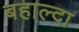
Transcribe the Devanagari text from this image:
बहाल्दा